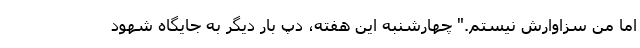
اما من سزاوارش نیستم." چهارشنبه این هفته، دپ بار دیگر به جایگاه شهود